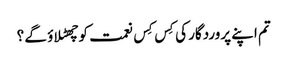
تم اپنے پروردگار کی کِس کِس نعمت کو چھٹلا ؤ گے ؟